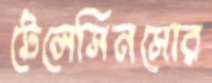
টেলেসিনসোর